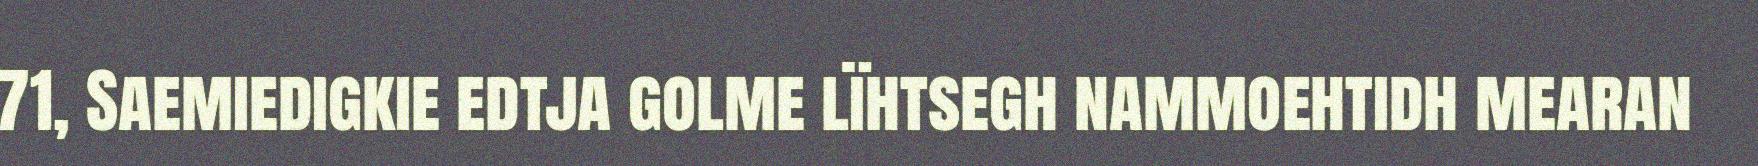
71, Saemiedigkie edtja golme lïhtsegh nammoehtidh mearan